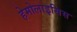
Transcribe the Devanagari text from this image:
हेमोलाइसिस